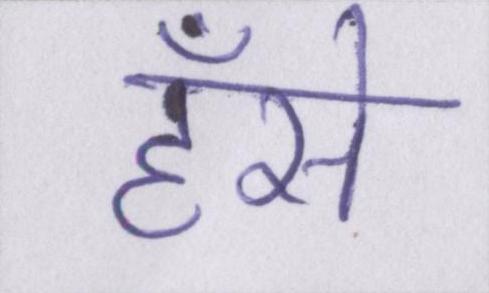
हँसे